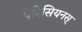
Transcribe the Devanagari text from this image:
पेरिसियनस्